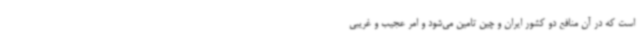
است که در آن منافع دو کشور ایران و چین تامین می‌شود و امر عجیب و غریبی